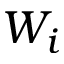
W _ { i }